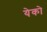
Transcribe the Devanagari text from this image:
येको